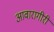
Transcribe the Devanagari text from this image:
आवारागीरी